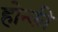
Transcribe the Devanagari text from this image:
होन्की